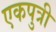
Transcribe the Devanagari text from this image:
एकपुत्री